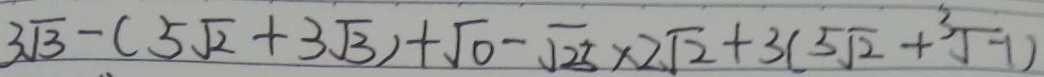
3 \sqrt { 3 } - ( 5 \sqrt { 2 } + 3 \sqrt { 3 } ) + \sqrt { 0 } - \sqrt { 2 5 } \times 2 \sqrt { 2 } + 3 ( 5 \sqrt { 2 } + \sqrt [ 3 ] { - 1 } )